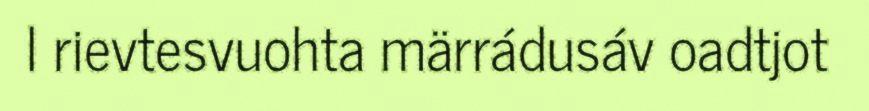
l rievtesvuohta märrádusáv oadtjot